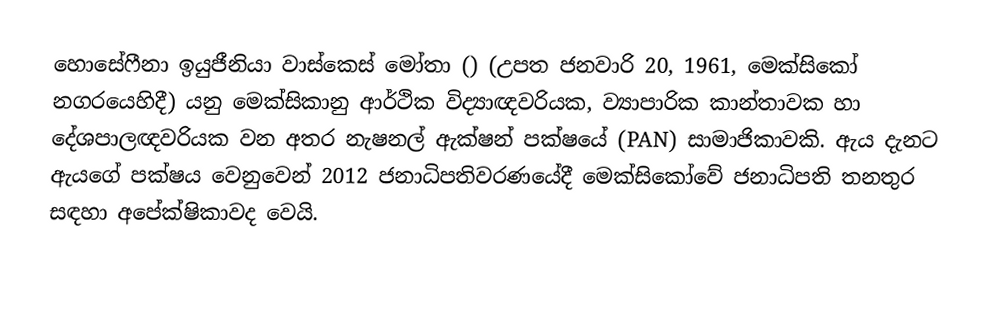
හොසේෆීනා ඉයුජීනියා වාස්කෙස් මෝතා () (උපත ජනවාරි 20, 1961, මෙක්සිකෝ නගරයෙහිදී) යනු මෙක්සිකානු ආර්ථික විද්‍යාඥවරියක, ව්‍යාපාරික කාන්තාවක හා දේශපාලඥවරියක වන අතර නැෂනල් ඇක්ෂන් පක්ෂයේ (PAN) සාමාජිකාවකි. ඇය දැනට ඇයගේ පක්ෂය වෙනුවෙන් 2012 ජනාධිපතිවරණයේදී මෙක්සිකෝවේ ජනාධිපති තනතුර සඳහා අපේක්ෂිකාවද වෙයි.